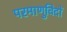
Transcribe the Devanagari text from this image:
परमाणुविदों